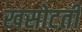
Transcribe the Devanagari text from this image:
खसोटती